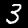
Label: 3